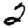
Digit: 2